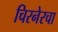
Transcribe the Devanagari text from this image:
चिरनेरचा